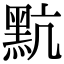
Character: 𪐦